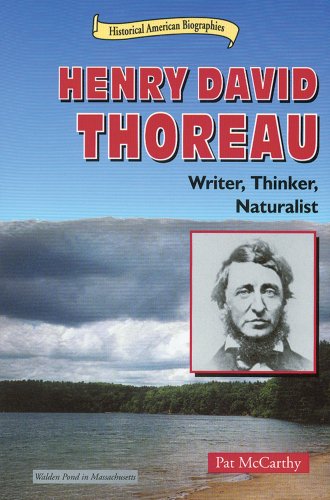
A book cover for Henry David Thoreau: Writer, Thinker, Naturalist (Historical American Biographies); Pat McCarthy; Teen & Young Adult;